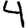
Digit: 4